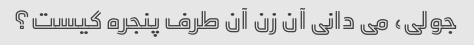
جولی، می دانی آن زن آن طرف پنجره کیست؟